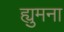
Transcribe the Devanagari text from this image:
ह्युमना